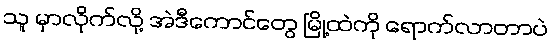
သူ မှာလိုက်လို့ အဲဒီကောင်တွေ မြို့ထဲကို ရောက်လာတာပဲ